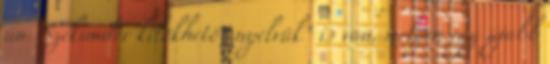
ún. Szekunder kilökhető „nyelvük” is van, melyen egy újabb